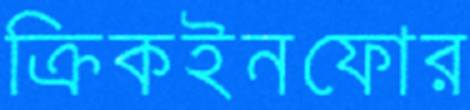
ক্রিকইনফোর